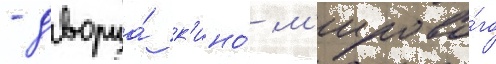
- дворца́ к'ино́ м'ирово́го